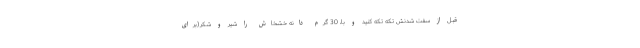
قبل از سفت شدنش تکه تکه کنید و با، 30 گرم دانه خشخاش را شیر و شکر(برای